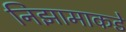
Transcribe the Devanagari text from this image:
निझामाकडे